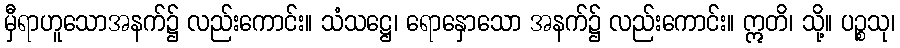
မှီရာဟူသောအနက်၌ လည်းကောင်း။ သံသဋ္ဌေ၊ ရောနှောသော အနက်၌ လည်းကောင်း။ ဣတိ၊ သို့။ ပဉ္စသု၊